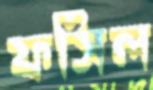
ফসিল